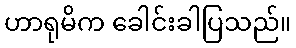
ဟာရုမိက ခေါင်းခါပြသည်။